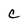
Character: C